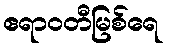
ဧရာဝတီမြစ်ရေ